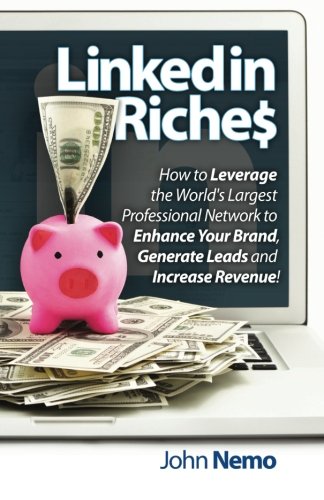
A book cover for LinkedIn Riches: How to Leverage the World's Largest Professional Network to Enhance Your Brand, Generate Leads and Increase Revenue!; John M Nemo; Business & Money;